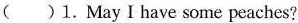
( )1. May I have some peaches?